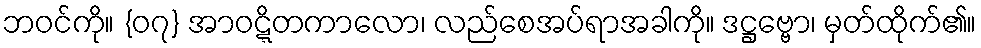
ဘဝင်ကို။ {၀၇} အာဝဋ္ဋိတကာလော၊ လည်စေအပ်ရာအခါကို။ ဒဋ္ဌဗ္ဗော၊ မှတ်ထိုက်၏။